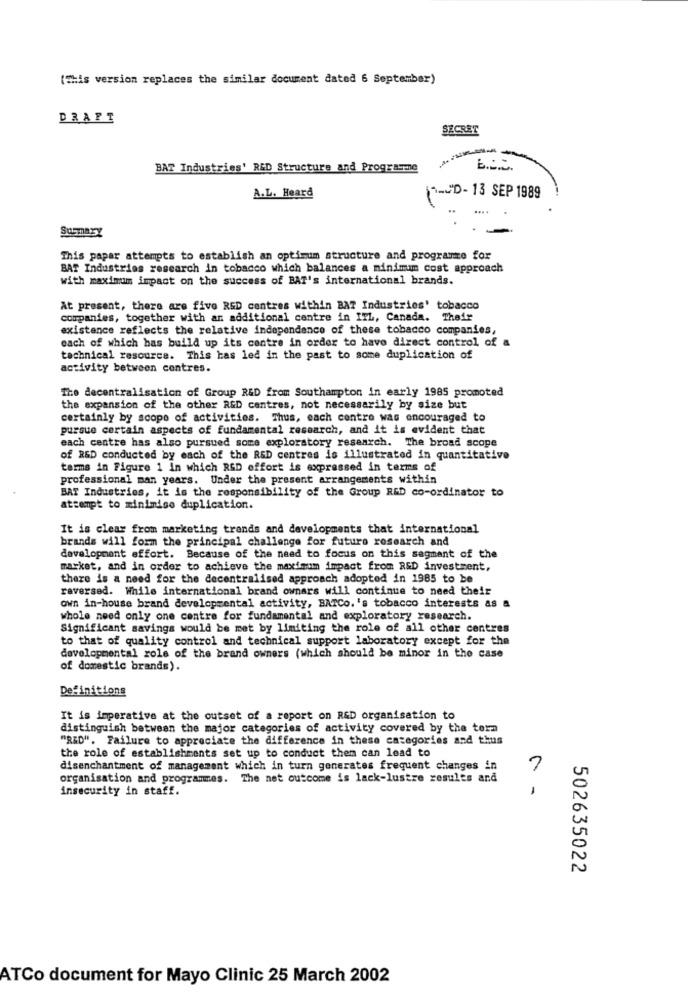
(This version replaces the similar document dated 6 September)
DRAFT
SECRET
BAT Industries' R&D Structure and Programme
A.L. Heard
[-CD- 13 SEP 1989
....
Surmary
This papar attempts to establish an optimum structure and programe for
BAT Industries research in tobacco which balances a minimum cost approach
with maximum impact on the success of BAT's international brands.
At present, there are five RED centres within BAT Industries' tobacco
companies, together with an additional centre in IIL, Canada. Their
existence reflects the relative independence of these tobacco companies,
each of which has build up its contre in order to have direct control of a
technical resource. This has led in the past to some duplication of
activity between centres.
The decentralisation of Group R&D from Southampton in early 1985 promoted
the expansion of the other R&D centres, not necessarily by size but
certainly by scope of activities. Thus, each contre was encouraged to
pursue certain aspects of fundamental research, and it is evident that
each centre has also pursued some exploratory research. The broad scope
of R&D conducted by each of the RED centres is illustrated in quantitative
tarms in Figure 1 In which RED effort is expressed in terms of
professional man years. Under the present arrangements within
BAT Industries, it is the responsibility of the Group RED co-ordinator to
attempt to minimise duplication.
It is clear from marketing trends and developments that international
brands will form the principal challenge for future research and
development effort. Because of the need to focus on this sagment of the
market, and in order to achieve the maximum impact from R&D investment,
there is a need for the decentralised approach adopted in 1985 to be
reversed. While international brand owners will continue to need their
own in-house brand developmental activity, BATCo.'s tobacco interests as a
whole need only one centre for fundamental and exploratory research.
Significant savings would be met by limiting the role of all other centres
to that of quality control and technical support laboratory except for the
developmental role of the brand owners (which should be minor in the case
of domestic brands).
Definitions
It is imperative at the outset of a report on R&D organisation to
distinguish between the major categories of activity covered by the term
"R&D". Failure to appreciate the difference in these categories and thus
the role of establishments set up to conduct them can lead to
disenchantment of management which in turn generates frequent changes in
organisation and programmes. The net outcome is lack-lustre results and
insecurity in staff.
502635022
ATCo document for Mayo Clinic 25 March 2002